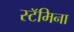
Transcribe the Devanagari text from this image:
स्टॅमिना